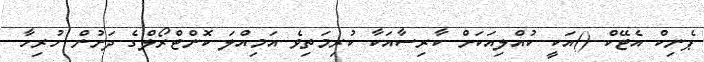
ޕެނިކް އެޓޭކް ()އަކީ ކުއްލިއަކަށް ކާރިސާއަކާ ކުރިމަތިވެ އަމިއްލަ ކޮންޓްރޯލްގެ ދަށުން ހުރިހާ